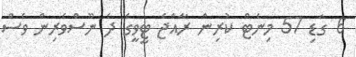
6 ގަޑި 57 މިނެޓް ކުރިން ރާއްޖެ ޓީވީގެ ދެ ނޫސްވެރިން ވެސް